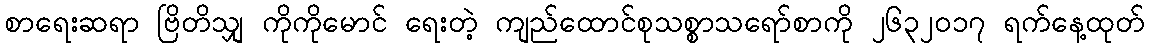
စာရေးဆရာ ဗြိတိသျှ ကိုကိုမောင် ရေးတဲ့ ကျည်ထောင်စုသစ္စာသရော်စာကို ၂၆၃၂ဝ၁၇ ရက်နေ့ထုတ်